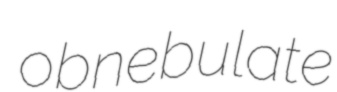
obnebulate